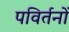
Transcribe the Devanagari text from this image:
पविर्तनों